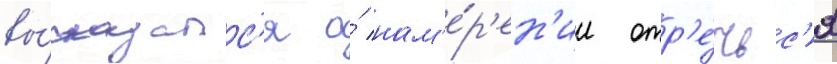
вы́сказалс'я о́ нам'е́р'ен'ии отр'е́чьс'я